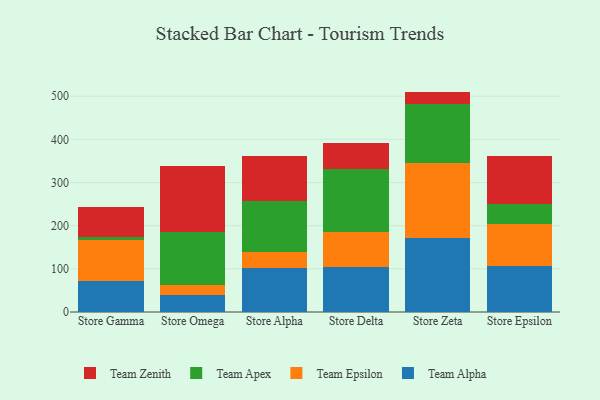
{"axis": {"x": "Store", "y": "Satisfaction Score"}, "legend": ["Team Alpha", "Team Apex", "Team Epsilon", "Team Zenith"], "data": [{"x": "Store Gamma", "y": 71.4, "type": "Team Alpha"}, {"x": "Store Gamma", "y": 95.8, "type": "Team Epsilon"}, {"x": "Store Gamma", "y": 7.2, "type": "Team Apex"}, {"x": "Store Gamma", "y": 69.0, "type": "Team Zenith"}, {"x": "Store Omega", "y": 39.2, "type": "Team Alpha"}, {"x": "Store Omega", "y": 22.9, "type": "Team Epsilon"}, {"x": "Store Omega", "y": 123.2, "type": "Team Apex"}, {"x": "Store Omega", "y": 154.1, "type": "Team Zenith"}, {"x": "Store Alpha", "y": 102.0, "type": "Team Alpha"}, {"x": "Store Alpha", "y": 37.5, "type": "Team Epsilon"}, {"x": "Store Alpha", "y": 118.3, "type": "Team Apex"}, {"x": "Store Alpha", "y": 104.3, "type": "Team Zenith"}, {"x": "Store Delta", "y": 103.8, "type": "Team Alpha"}, {"x": "Store Delta", "y": 80.8, "type": "Team Epsilon"}, {"x": "Store Delta", "y": 147.3, "type": "Team Apex"}, {"x": "Store Delta", "y": 60.1, "type": "Team Zenith"}, {"x": "Store Zeta", "y": 171.9, "type": "Team Alpha"}, {"x": "Store Zeta", "y": 174.3, "type": "Team Epsilon"}, {"x": "Store Zeta", "y": 134.6, "type": "Team Apex"}, {"x": "Store Zeta", "y": 29.8, "type": "Team Zenith"}, {"x": "Store Epsilon", "y": 106.3, "type": "Team Alpha"}, {"x": "Store Epsilon", "y": 98.5, "type": "Team Epsilon"}, {"x": "Store Epsilon", "y": 46.2, "type": "Team Apex"}, {"x": "Store Epsilon", "y": 110.6, "type": "Team Zenith"}]}